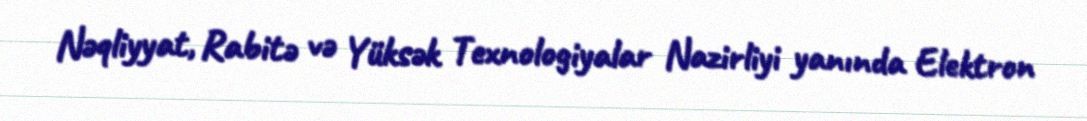
Nəqliyyat, Rabitə və Yüksək Texnologiyalar Nazirliyi yanında Elektron